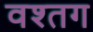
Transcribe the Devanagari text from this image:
वश्तग